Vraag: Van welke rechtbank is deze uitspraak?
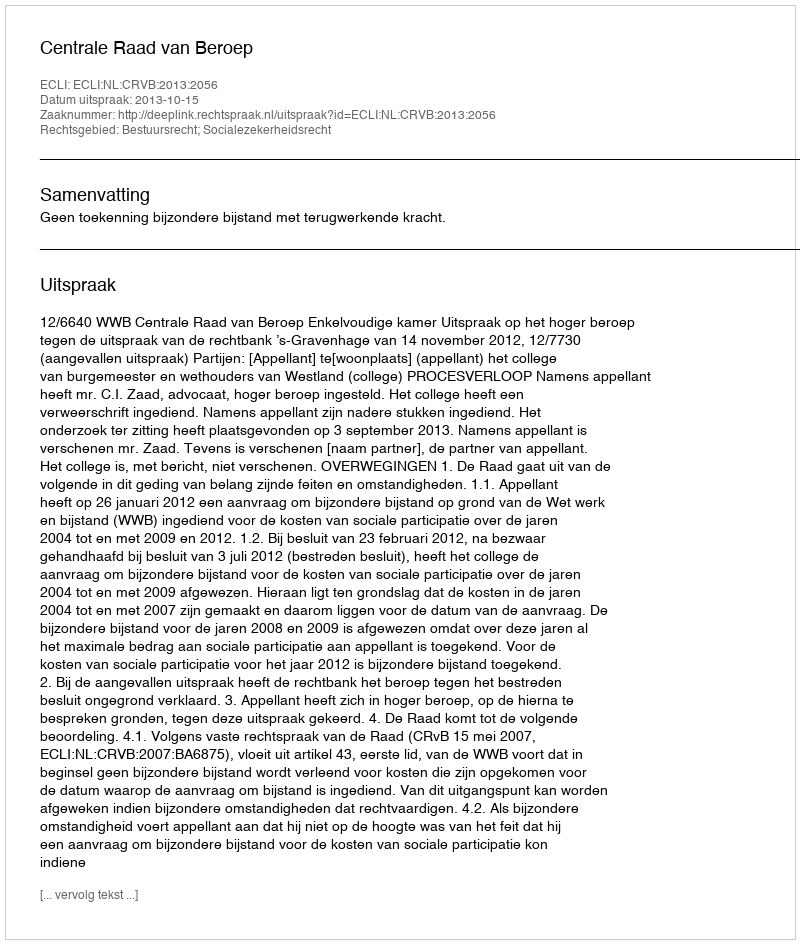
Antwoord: Centrale Raad van Beroep